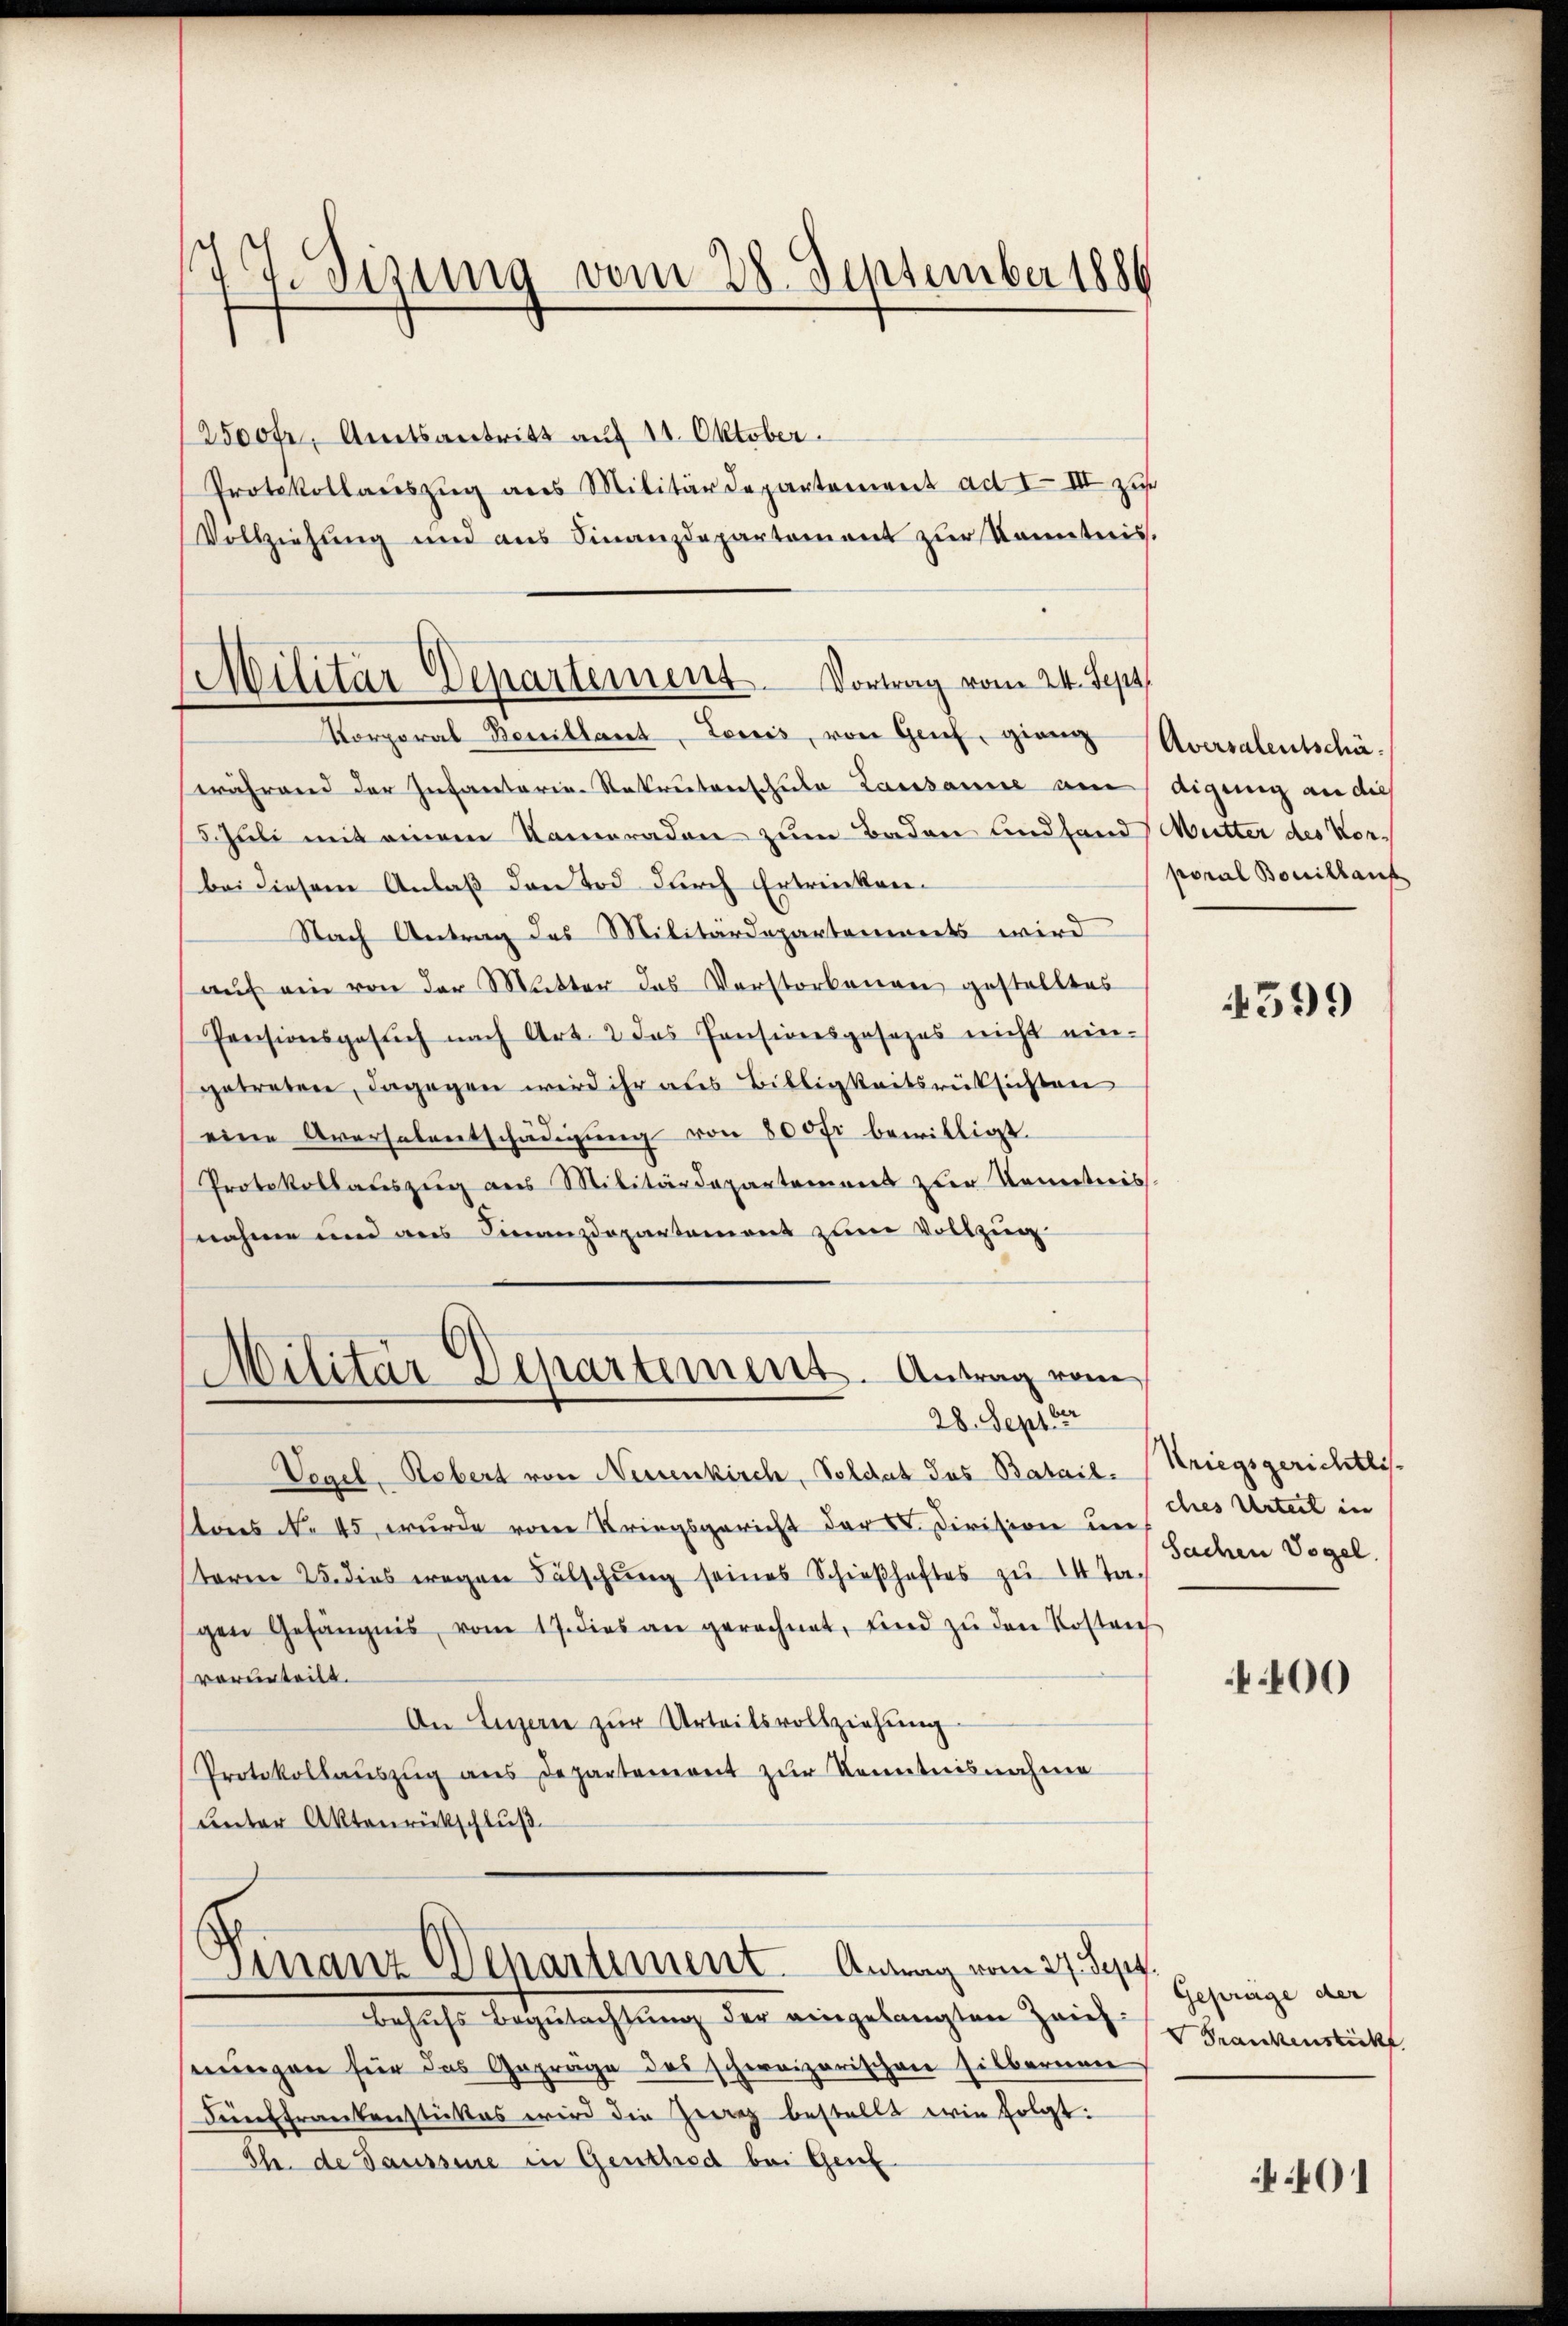
177. Sizung vom 28. September 1886

2500fr. Amtsantritt auf 14. Oktober.
Protokollauszug aus Militärdepartement ad I. III zur
Vollziehung und aus Finanzdepartement zur Kenntnis.

Vortrag vom 24. Sept.
Militar Departement.
Korporal Bouillant, Lowis, von Genf, gien (Aversalentschä-

während der Infantaria-Sekreterschule Lausanne am
Schule mit einem Kameraden zum Baden und fand Mutter des Vor-
(bei diesem Anlaß den Tod durch Ertreicken.
Nach Antrag des Militärdepartenwerts wird
aŭf ein von der Mutter das Vorstorbenge gestelltes
Pensionsgesŭch nach Art. 2 das Pensionsgesezes nicht ein-
getreten, dagegen wird ihr aus Billigkeitsrüksichten
eine Aversalentschädigŭng von 800 fr bewilligt.
Protokollauszug aus Militärdepartemens zur Kenntniss
nahme und aus Finanzdepartement zum Vollzug
Militär Departement. Antrag vom
28. Sept ber
Vegel, Robert von Neuenkirch, Soldat das Batail- (Kriegsgerichtlitons No. 45 wurde vom Kriegsgericht der C. Division um des Urteil in
term 25. dies wegen Fälschung seines Schießhaftes zu 14 Ja-
gen Gefängnis vom 17. dies an gerechnet, sind zŭ den Kosten
vorurteilt.
An Luzern zur Urteilsvollziehung
Protokollaŭszŭg ans Departement zŭr Kenntnisnahme
unter Aktenrückschluß

Finanz Schartiment. Antrag vom 27. Sept.

behufs Begutachtung der eingelangten Zeich:
nungen für das Gepräge des schweizerischen silbernen
Fünffrankenstüktes wird die Zweig bestellt wie folgt:
Th. de Saussee in Genthied bei Genf

digung an dies
poral Bouillauf

4599

Sachen Vogel.

400

Gepräge der
Frankenstück

401